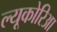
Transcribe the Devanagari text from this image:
ल्यूकोरिआ